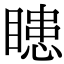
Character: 瞣